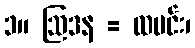
၁။ ဩဒန = ထမင်း၊